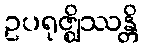
ဥပရုဇ္ဈိဿန္တိ